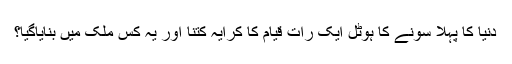
دنیا کا پہلا سونے کا ہوٹل ایک رات قیام کا کرایہ کتنا اور یہ کس ملک میں بنایاگیا؟